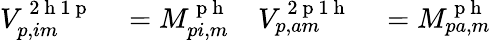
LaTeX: \begin{array}{rlrl}{V_{p,im}^{\mathrm{~2~h~1~p~}}}&{{}=M_{pi,m}^{\mathrm{~p~h~}}}&{V_{p,am}^{\mathrm{~2~p~1~h~}}}&{{}=M_{pa,m}^{\mathrm{~p~h~}}}\end{array}